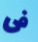
فى